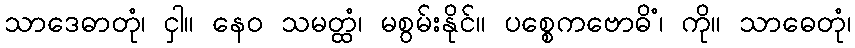
သာဒေဓာတုံ၊ ငှါ။ နေဝ သမတ္ထံ၊ မစွမ်းနိုင်။ ပစ္စေကဗောဓိံ၊ ကို။ သာဓေတုံ၊